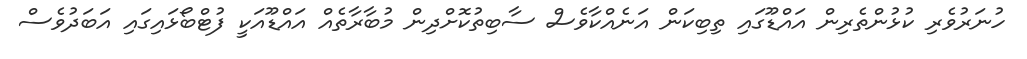
ހުނަރުވެރި ކުޅުންތެރިން އައްޑޫގައި ތިބިކަން އަނެއްކާވެސް ސާބިތުކޮށްދިން މުބާރާތެއް އައްޑޫއަކީ ފުޓްބޯޅައިގައި އަބަދުވެސް